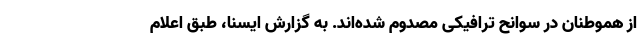
از هموطنان در سوانح ترافیکی مصدوم شده‌اند. به گزارش ایسنا، طبق اعلام